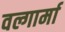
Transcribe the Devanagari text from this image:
वल्गार्मा